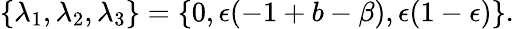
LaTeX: \{ \lambda_{1},\lambda_{2},\lambda_{3}\} =\{ 0,\epsilon(-1+b-\beta),\epsilon(1-\epsilon)\} .